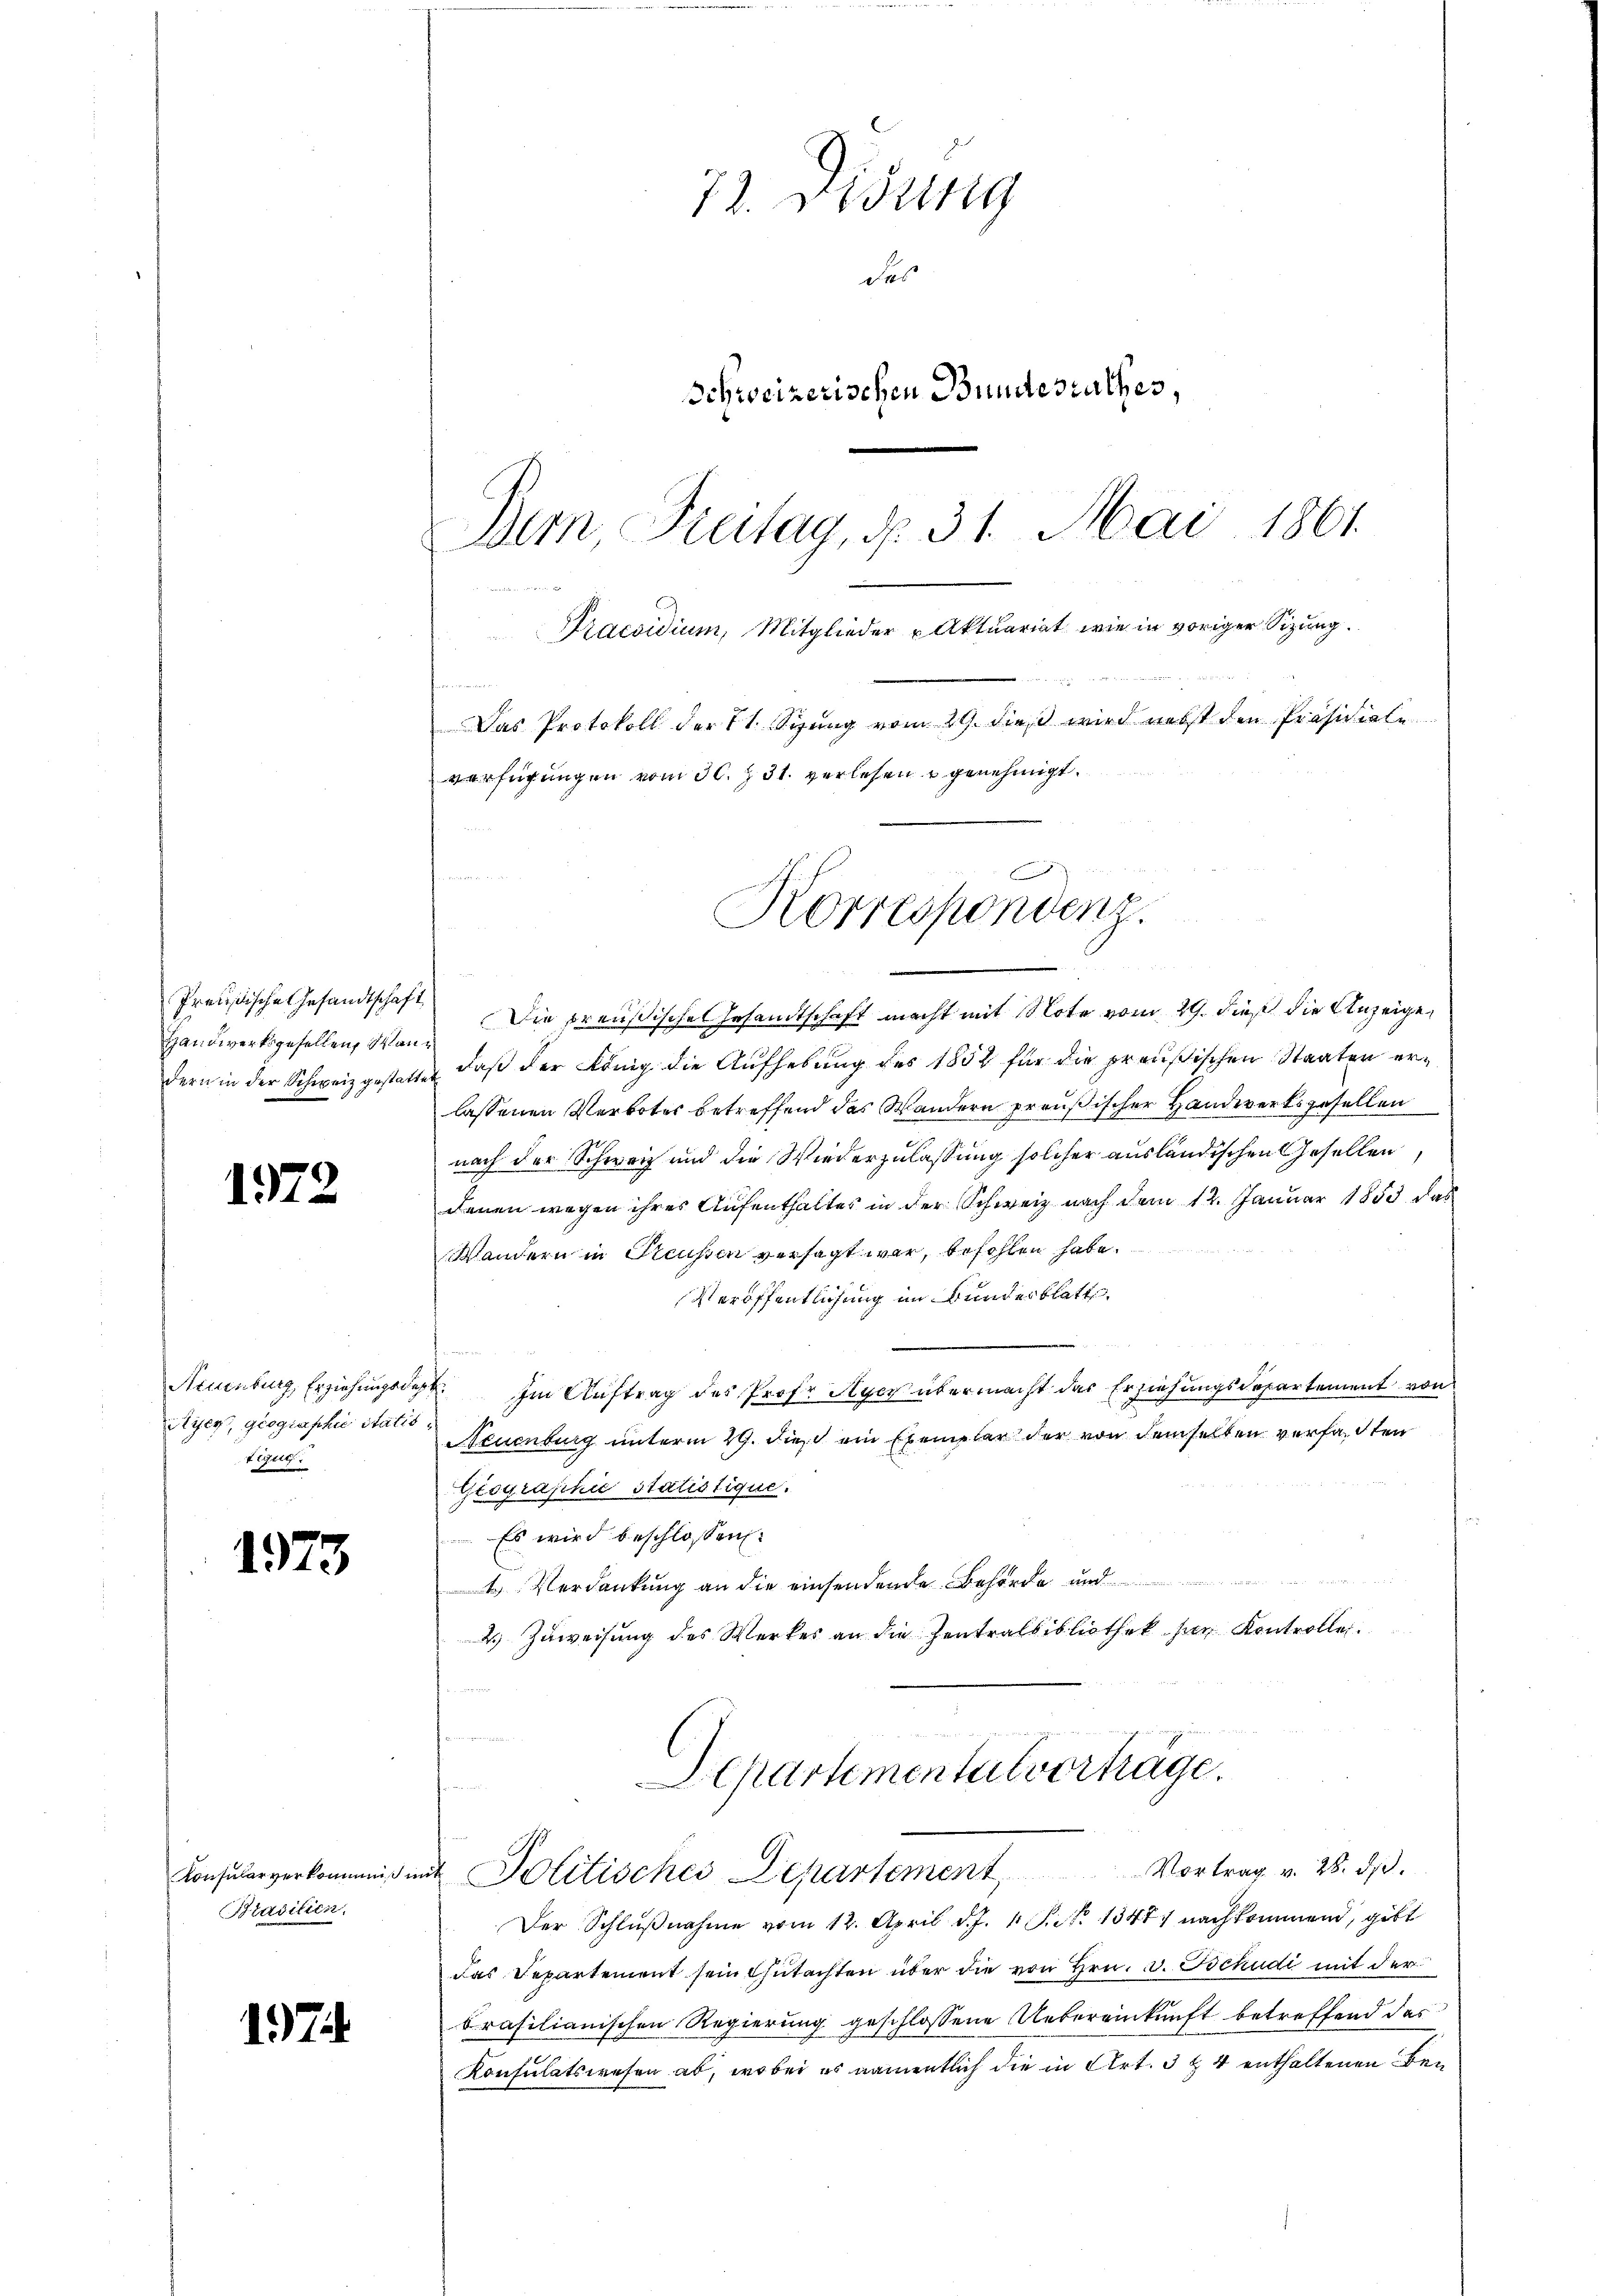
Preußische Gesandtschaft
Handwerksgesellen, dann

1972

Ayer, geographie statis,
Veget

1973

Praditien.

17

72. Didung
des
Schweizerischen Bundesrathes,
Dem Freitag, d. 31. Mai 1861
2
Praesidium, Mitglieder Aktuariat wie in voriger Sizung.
t
Das Protokoll der 11. Sitzung vom 19. dieß wird nebst den Präsidiale
verfügungen vom 30. 31. verlesen u genehmigt.

Korrespondenz.

xx de

Die preußisches Gesandtschaft macht mit Note vom 29. dieß die Anzeige,
dern in der Schweiz gestatte, daß der König die Aufhebung des 1852 für die preußischen Staaten erlassenen Verbotes betreffend das Wandern preußischer Handwerksgesellen
nach der Schweiz und die Wiederzulassung solcher ausländischen Gesellen
denen wegen ihres Aufenthaltes in der Schweiz nach dem 12. Januar 1853 das
Wandern in Preussen versagt war, befohlen habe.
Veröffentlichung im Bunderblatt.
Neuenburg, Erziehungsdat. Im Auftrag des Prof. Hyer übermacht das Erziehungsdepartement von
Aeuenburg unterm 29. dies ein Exemplar der von demselben verfaßten
Giographie Statistique.
Es wird beschlossen:
e
Verdankung an die einsendende Behörde und
2.) Zuweisung des Werkes an die Zentralbibliothek der Kontrolle.
lungen den und den der Gemeinden seinen der

Departementalvertrage.
Konsularverkommniß mit Politisches Departement Vortrag v. 26. ds.

Der Schlŭβnahme vom 12. April d. J. 1 S. 13474 nachkommend, gibt
das Departement sein Gutachten über die von Hrn. v. Tschudi mit der
brasilianischen Regierung geschlossene Uebereinkunft betreffend das
Konsulatswesen ab, wobei es namentlich die in Art. 3 & 4 enthaltenen Be¬